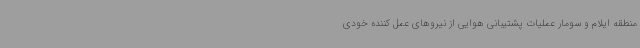
منطقه ایلام و سومار عملیات پشتیبانی هوایی از نیروهای عمل کننده خودی